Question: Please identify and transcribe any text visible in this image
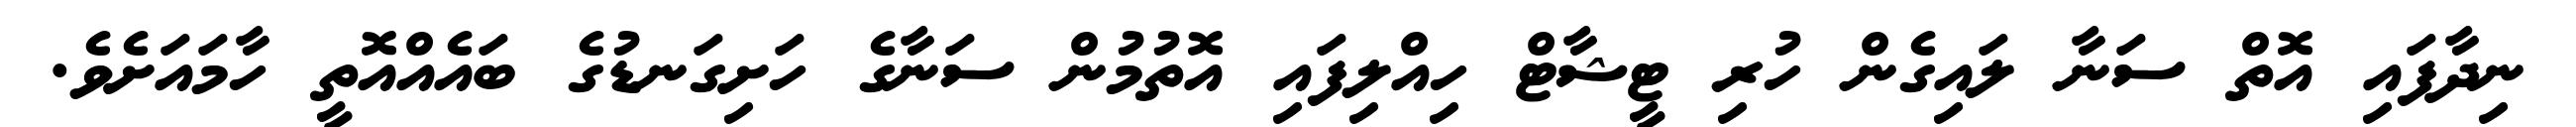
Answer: ނިދާފައި އޮތް ސަނާ ލައިގެން ހުރި ޓީޝާޓް ހިއްލިފައި އޮތުމުން ސަނާގެ ހަށިގަނޑުގެ ބައެއްއޮތީ ހާމައަށެވެ.